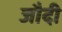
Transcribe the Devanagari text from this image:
जौदी